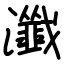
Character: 瀸